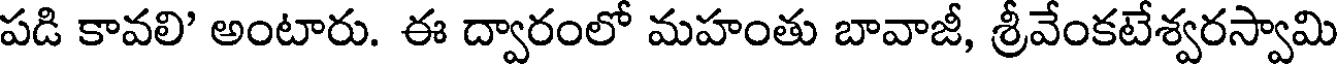
పడి కావలి' అంటారు. ఈ ద్వారంలో మహంతు బావాజీ, శ్రీవేంకటేశ్వరస్వామి